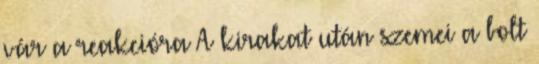
vár a reakcióra A kirakat után szemei a bolt